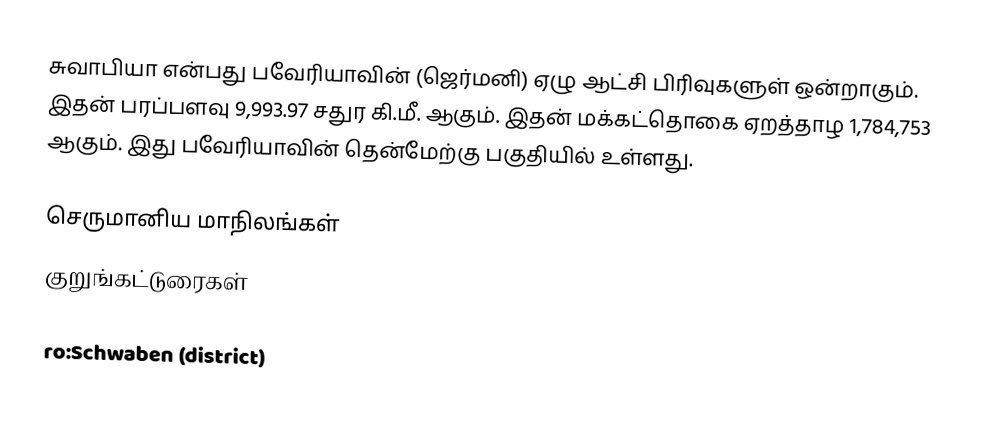
சுவாபியா என்பது பவேரியாவின் (ஜெர்மனி) ஏழு ஆட்சி பிரிவுகளுள் ஒன்றாகும். இதன் பரப்பளவு 9,993.97 சதுர கி.மீ. ஆகும். இதன் மக்கட்தொகை ஏறத்தாழ 1,784,753 ஆகும். இது பவேரியாவின் தென்மேற்கு பகுதியில் உள்ளது.

செருமானிய மாநிலங்கள்
குறுங்கட்டுரைகள்

ro:Schwaben (district)